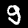
Digit: 9